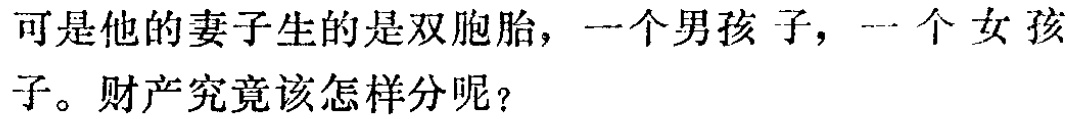
可是他的妻子生的是双胞胎，一个男孩子，一个女孩子。财产究竟该怎样分呢？